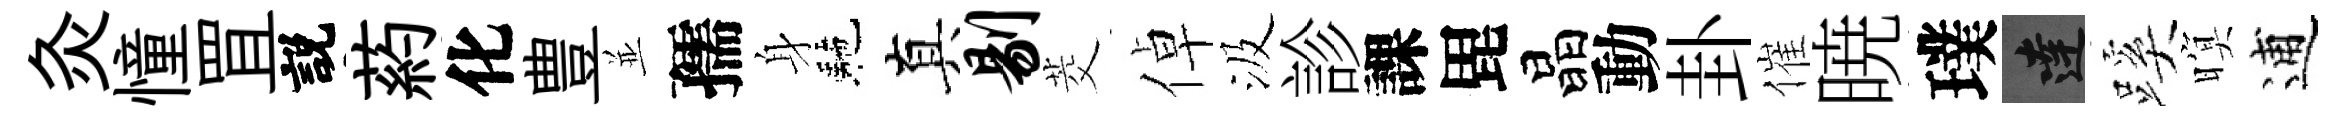
灸憧罝説葯化豊並孺身駰真剔茭倬汲診課毘晶動卦催暁璞達蹊暝逋